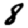
Digit: 8